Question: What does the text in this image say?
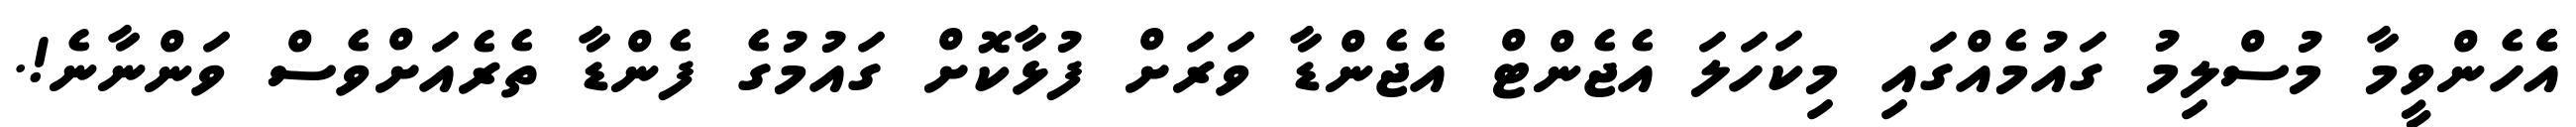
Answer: އެެެހެންވީމާ މުސްލިމު ގައުމެއްގައި މިކަހަލަ އެޖެންޓް އެޖެންޑާ ވަރަށް ފުޅާކޮށް ގައުމުގެ ފެންޑާ ތެރެއަށްވެސް ވަންނާނެ!.